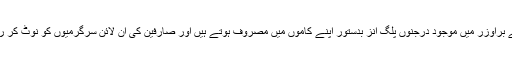
کیونکہ آپ کے براؤزر میں موجود درجنوں پلگ اِنز بدستور اپنے کاموں میں مصروف ہوتے ہیں اور صارفین کی آن لائن سرگرمیوں کو نوٹ کر رہے ہوتے ہیں۔